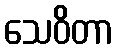
သေဝိတာ